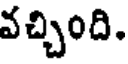
వచ్చింది.